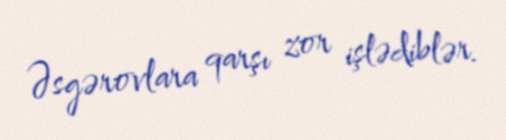
Əsgərovlara qarşı zor işlədiblər.